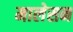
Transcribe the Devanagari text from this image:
मालेसन